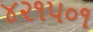
૪૨૧૫૦૧